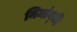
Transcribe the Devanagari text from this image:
निमांग्की